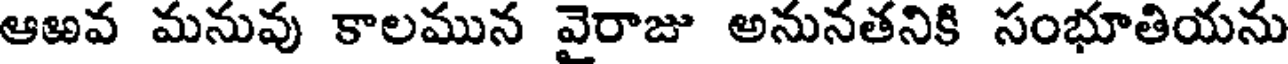
ఆఱవ మనువు కాలమున వైరాజు అనునతనికి సంభూతియను